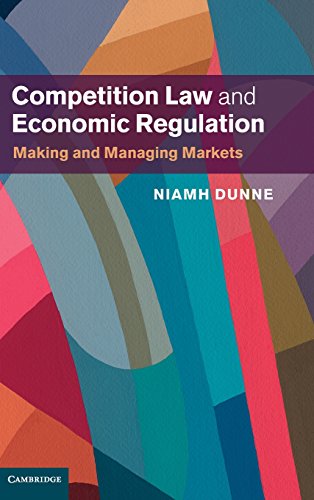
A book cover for Competition Law and Economic Regulation: Making and Managing Markets; Niamh Dunne; Law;